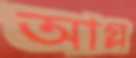
আগ্‌ল